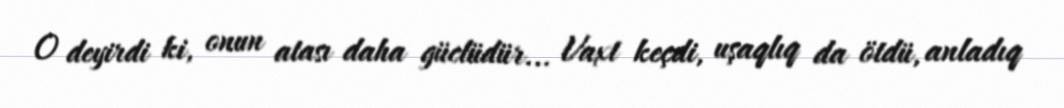
O deyirdi ki, onun atası daha güclüdür... Vaxt keçdi, uşaqlıq da ötdü, anladıq